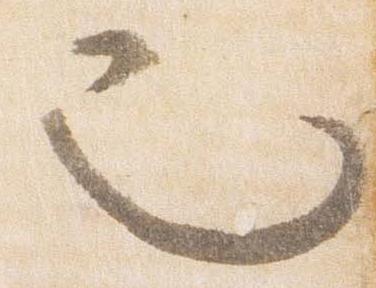
也